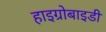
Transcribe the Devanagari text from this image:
हाइग्रोबाइडी